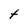
Character: t